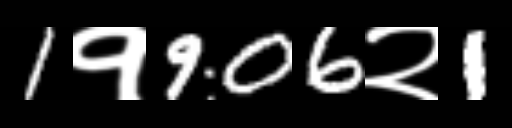
Text: 1१906२1